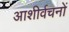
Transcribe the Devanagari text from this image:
आशीर्वचनों